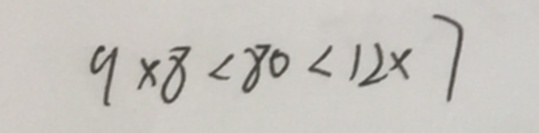
9 \times 8 < 8 0 < 1 2 \times 7